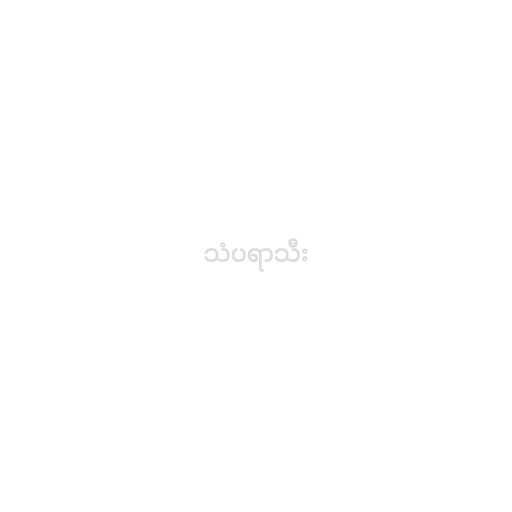
သံပရာသီး